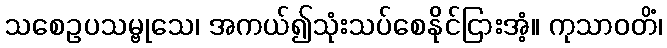
သစေဥပသမ္ဗုသေ၊ အကယ်၍သုံးသပ်စေနိုင်ငြားအံ့။ ကုသာဝတိံ၊